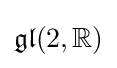
{\mathfrak {gl}}(2,\mathbb {R} )